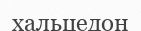
хальцедон